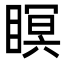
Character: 瞑